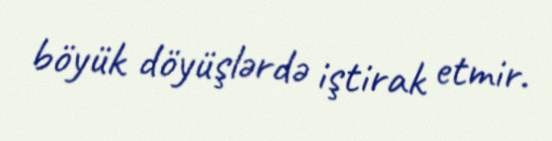
böyük döyüşlərdə iştirak etmir.